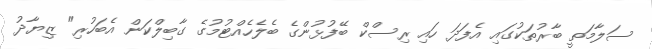
ސަލާމަތީ ބާރުތަކުގައި އެފަދަ ހައި ރިސްކް ބޭފުޅުންގެ ބެލެހެއްޓުމުގެ ގާބިލްކަން އެބަހުރި" ޒިޔާދު